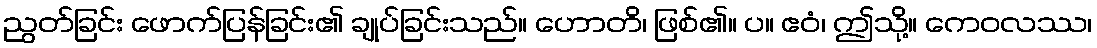
ညွတ်ခြင်း ဖောက်ပြန်ခြင်း၏ ချုပ်ခြင်းသည်။ ဟောတိ၊ ဖြစ်၏။ ပ။ ဧဝံ၊ ဤသို့။ ကေဝလဿ၊